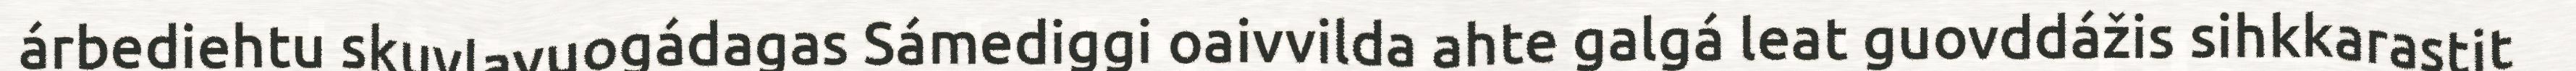
árbediehtu skuvlavuogádagas Sámediggi oaivvilda ahte galgá leat guovddážis sihkkarastit